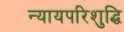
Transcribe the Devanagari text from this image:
न्यायपरिशुद्धि